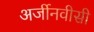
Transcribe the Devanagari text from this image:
अर्जीनवीसी